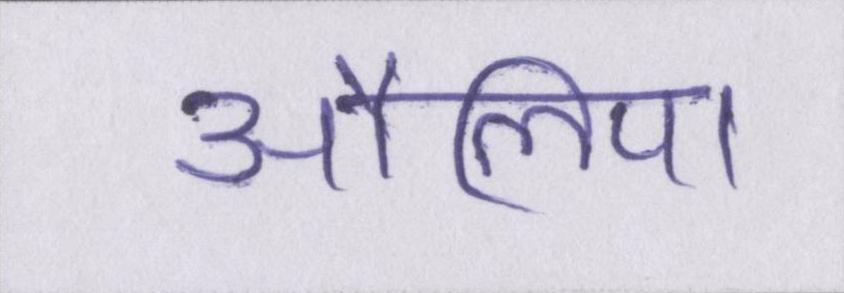
औलिया